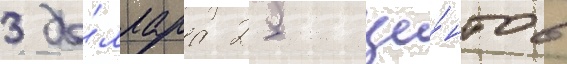
3 до́ллара 25 це́нтов